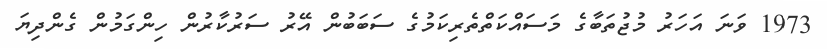
1973 ވަނަ އަހަރު މުޖުތަބާގެ މަސައްކަތްތެރިކަމުގެ ސަބަބުން އޭރު ސަރުކާރުން ހިންގަމުން ގެންދިޔަ